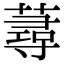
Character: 蕁